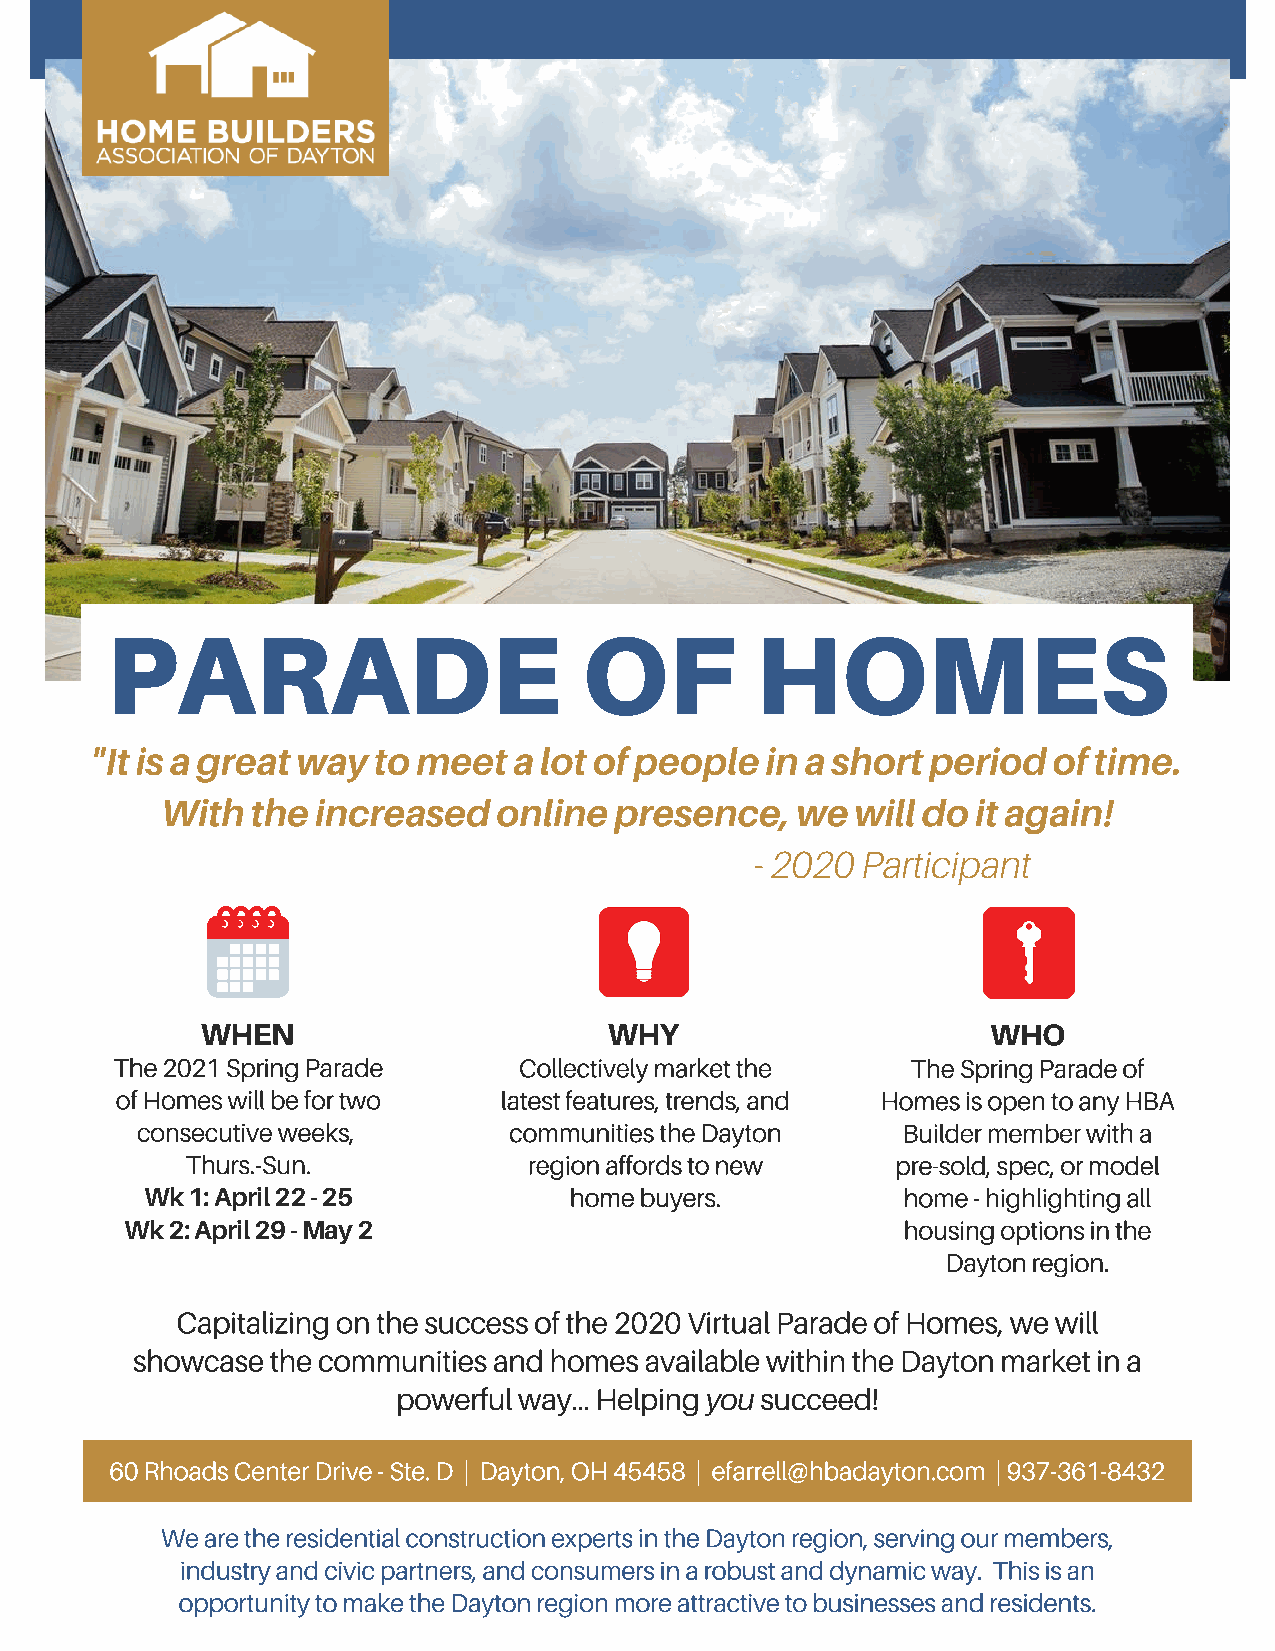
PARADE                         OF          HOMES
 "It is a great way to meet  a lot of people  in a short period  of time.
 With  the increased   online  presence,   we  will do it again!
 - 2020 Participant
 WHEN                       WHY                       WHO
 The 2021 Spring Parade     Collectively market the   The Spring Parade of
 of Homes will be for two latest features, trends, and Homes is open to any HBA
 consecutive weeks,       communities the Dayton    Builder member with a
 Thurs.-Sun.            region affords to new   pre-sold, spec, or model
 Wk 1: April 22 - 25         home buyers.          home - highlighting all
 Wk 2: April 29 - May 2                              housing options in the
 Dayton region.
 Capitalizing on the success of the 2020 Virtual Parade of Homes, we will
 showcase the communities and homes available within the Dayton market in a
 powerful way... Helping succeed!
 you
 60 Rhoads Center Drive - Ste. D | Dayton, OH 45458 | efarrell@hbadayton.com | 937-361-8432
 We are the residential construction experts in the Dayton region, serving our members,
 industry and civic partners, and consumers in a robust and dynamic way. This is an
 opportunity to make the Dayton region more attractive to businesses and residents.